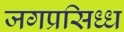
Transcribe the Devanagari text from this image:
जगप्रसिध्ध